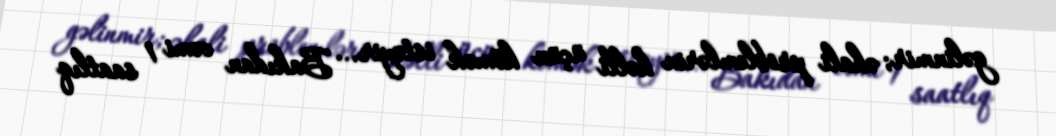
gəlinmir; əhali problemlərin həlli üçün kömək istəyir... Bakıdan cəmi 1 saatlıq